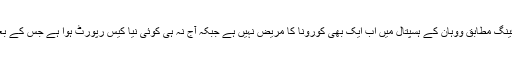
چینی ہیلتھ کمیشن کے ترجمان کے می فینگ مطابق ووہان کے ہسپتال میں اب ایک بھی کورونا کا مریض نہیں ہے جبکہ آج نہ ہی کوئی نیا کیس رپورٹ ہوا ہے جس کے بعد شہر میں مریضوں کی تعداد صفر ہے۔